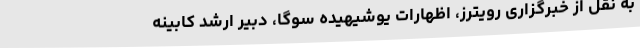
به نقل از خبرگزاری رویترز، اظهارات یوشیهیده سوگا، دبیر ارشد کابینه